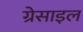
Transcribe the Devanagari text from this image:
ग्रेसाइल